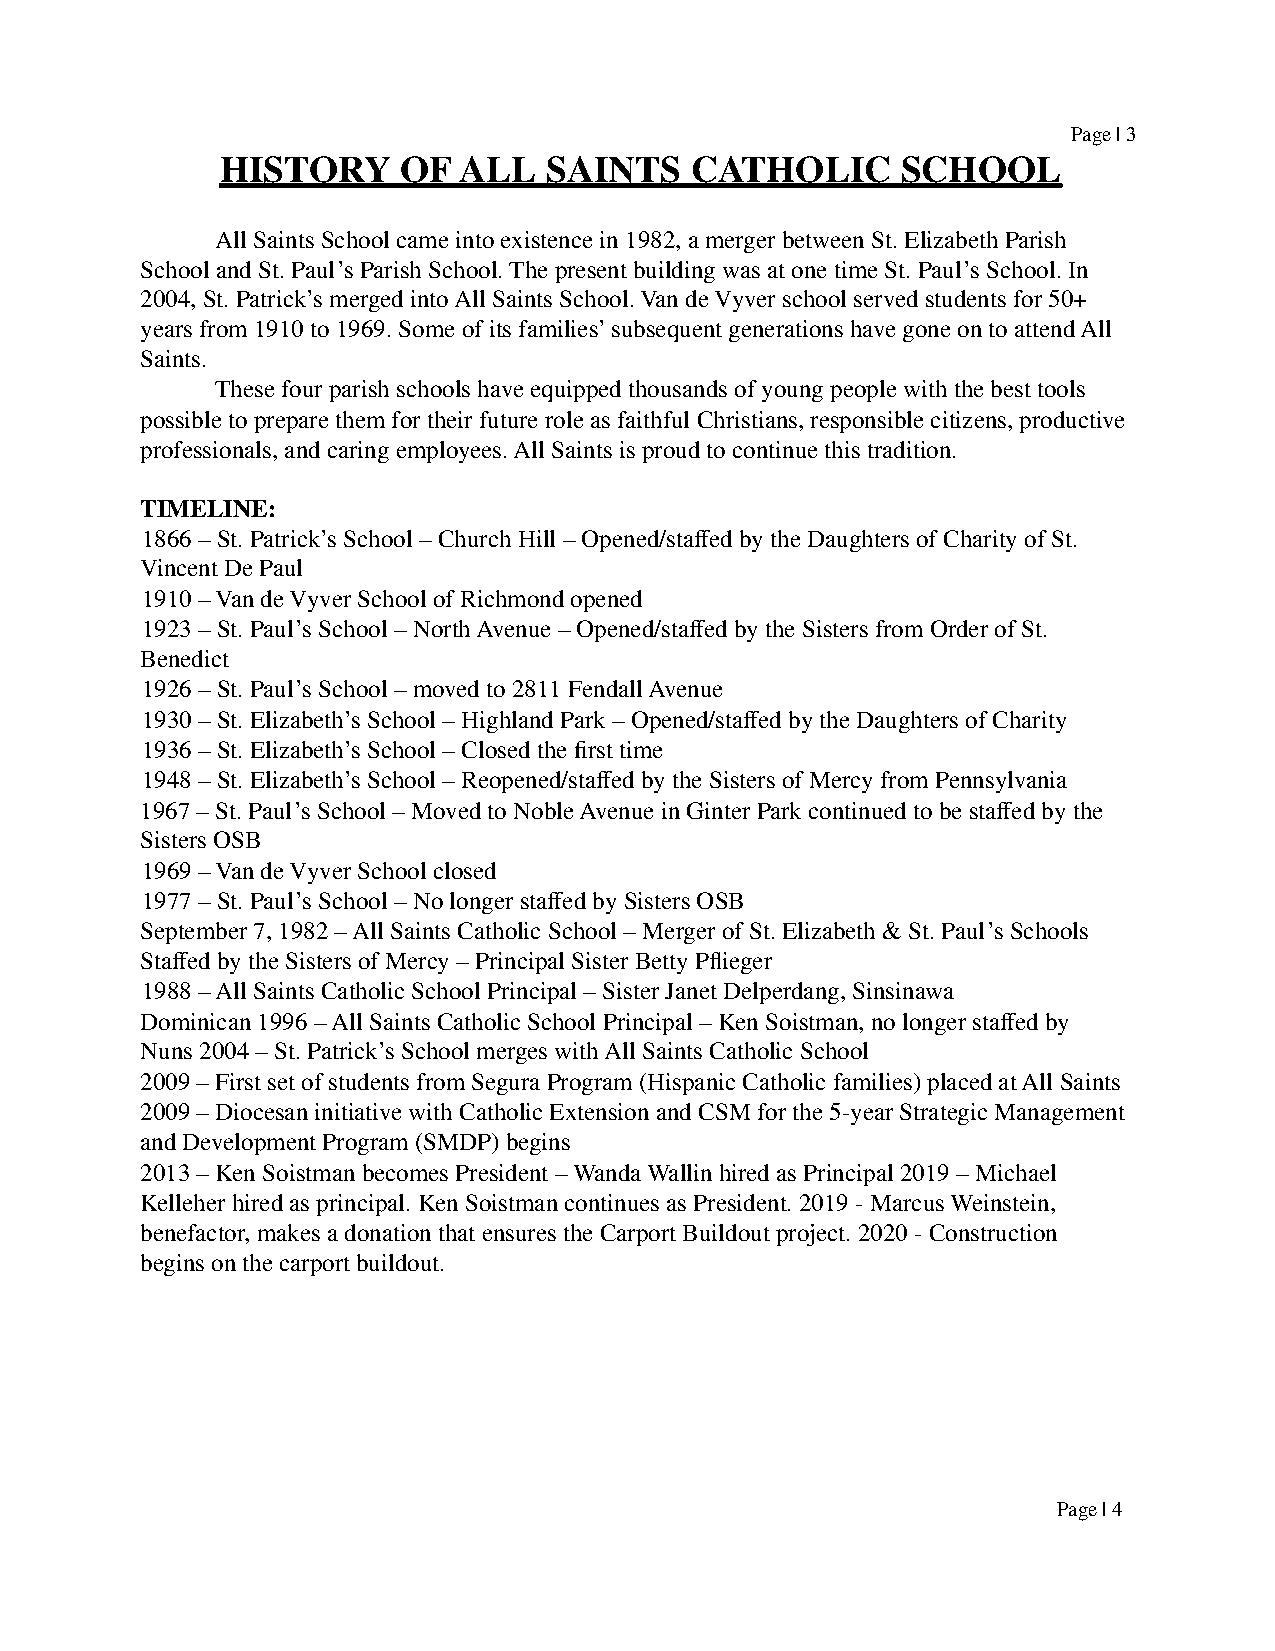
Page | 3
 HISTORY    OF  ALL   SAINTS    CATHOLIC      SCHOOL
 All Saints School came into existence in 1982, a merger between St. Elizabeth Parish
 School and St. Paul’s Parish School. The present building was at one time St. Paul’s School. In
 2004, St. Patrick’s merged into All Saints School. Van de Vyver school served students for 50+
 years from 1910 to 1969. Some of its families’ subsequent generations have gone on to attend All
 Saints.
 These four parish schools have equipped thousands of young people with the best tools
 possible to prepare them for their future role as faithful Christians, responsible citizens, productive
 professionals, and caring employees. All Saints is proud to continue this tradition.
 TIMELINE:
 1866 – St. Patrick’s School – Church Hill – Opened/staffed by the Daughters of Charity of St.
 Vincent De Paul
 1910 – Van de Vyver School of Richmond opened
 1923 – St. Paul’s School – North Avenue – Opened/staffed by the Sisters from Order of St.
 Benedict
 1926 – St. Paul’s School – moved to 2811 Fendall Avenue
 1930 – St. Elizabeth’s School – Highland Park – Opened/staffed by the Daughters of Charity
 1936 – St. Elizabeth’s School – Closed the first time
 1948 – St. Elizabeth’s School – Reopened/staffed by the Sisters of Mercy from Pennsylvania
 1967 – St. Paul’s School – Moved to Noble Avenue in Ginter Park continued to be staffed by the
 Sisters OSB
 1969 – Van de Vyver School closed
 1977 – St. Paul’s School – No longer staffed by Sisters OSB
 September 7, 1982 – All Saints Catholic School – Merger of St. Elizabeth & St. Paul’s Schools
 Staffed by the Sisters of Mercy – Principal Sister Betty Pflieger
 1988 – All Saints Catholic School Principal – Sister Janet Delperdang, Sinsinawa
 Dominican 1996 – All Saints Catholic School Principal – Ken Soistman, no longer staffed by
 Nuns 2004 – St. Patrick’s School merges with All Saints Catholic School
 2009 – First set of students from Segura Program (Hispanic Catholic families) placed at All Saints
 2009 – Diocesan initiative with Catholic Extension and CSM for the 5-year Strategic Management
 and Development Program (SMDP) begins
 2013 – Ken Soistman becomes President – Wanda Wallin hired as Principal 2019 – Michael
 Kelleher hired as principal. Ken Soistman continues as President. 2019 - Marcus Weinstein,
 benefactor, makes a donation that ensures the Carport Buildout project. 2020 - Construction
 begins on the carport buildout.
 Page | 4